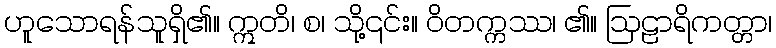
ဟူသောရန်သူရှိ၏။ ဣတိ၊ စ၊ သို့၎င်း။ ဝိတက္ကဿ၊ ၏။ ဩဠာရိကတ္တာ၊